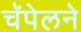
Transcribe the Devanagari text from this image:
चॅपेलने